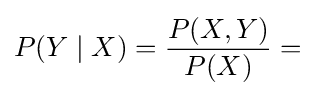
P(Y\mid X)={\frac {P(X,Y)}{P(X)}}=